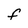
Character: F